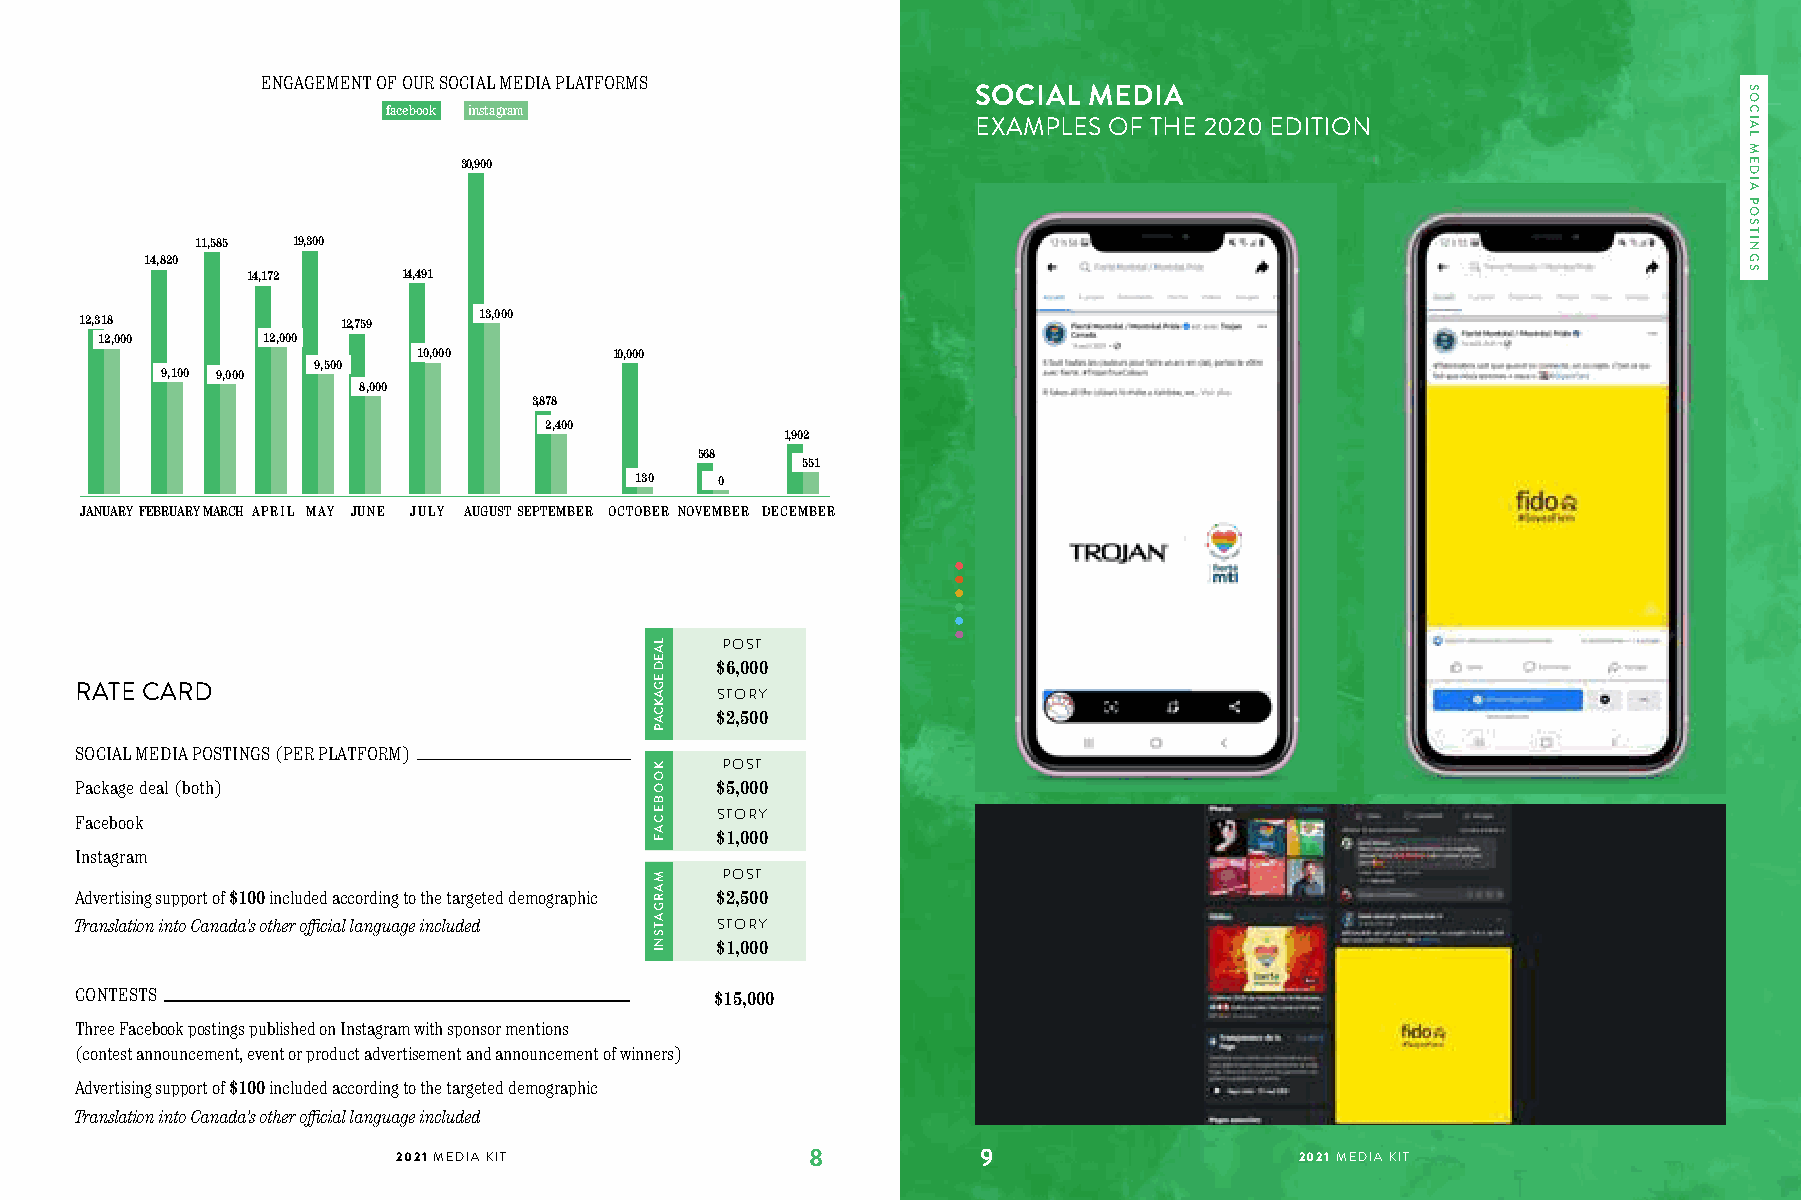
ENGAGEMENT OF OUR SOCIAL MEDIA PLATFORMS
 SOCIAL MEDIA
 facebook instagram
 EXAMPLES OF THE 2020 EDITION
 30,900
 11,585 19,300
 14,820
 14,172     14,491
 13,000
 12,318            12,759
 12,000     12,000
 10,000       10,000
 9,500
 9,100 9,000
 8,000
 3,878
 2,400
 1,902
 568
 551
 130   0
 JANUARYFEBRUARYMARCH APRIL MAY JUNE JULY AUGUSTSEPTEMBER OCTOBER NOVEMBER DECEMBER
 POST
 $6,000
 RATE CARD                                 STORY
 $2,500
 SOCIAL MEDIA POSTINGS (PER PLATFORM)
 POST
 Package deal (both)                       $5,000
 STORY
 Facebook
 $1,000
 Instagram
 POST
 Advertising support of $100 included according to the targeted demographic $2,500
 Translation into Canada’s other official language included STORY
 $1,000
 CONTESTS                                  $15,000
 Three Facebook postings published on Instagram with sponsor mentions
 (contest announcement, event or product advertisement and announcement of winners)
 Advertising support of $100 included according to the targeted demographic
 Translation into Canada’s other official language included
 2021 MEDIA KIT              8          9                  TRO2U0S2S1E M MEÉDDIAIA KSI T2020
 LAED
 EGAKCAP
 KOOBECAF
 MARGATSNI
 SOCIAL
 MEDIA
 POSTINGS